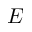
E